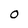
Character: O